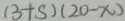
( 3 + s ) ( 2 0 - x )